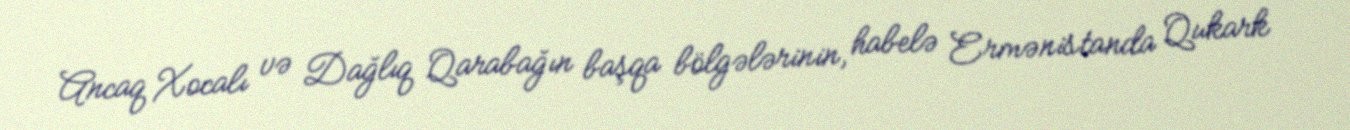
Ancaq Xocalı və Dağlıq Qarabağın başqa bölgələrinin, habelə Ermənistanda Qukark